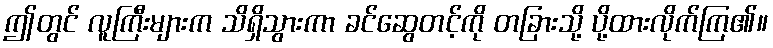
ဤတွင် လူကြီးများက သိရှိသွားကာ ခင်ဆွေတင့်ကို တခြားသို့ ပို့ထားလိုက်ကြ၏။